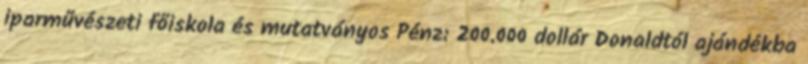
iparművészeti főiskola és mutatványos Pénz: 200.000 dollár Donaldtól ajándékba